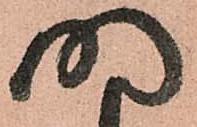
明